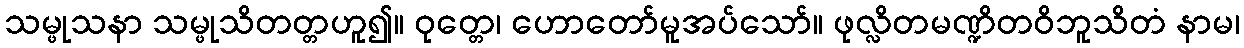
သမ္ဖုသနာ သမ္ဖုသိတတ္တဟူ၍။ ဝုတ္တေ၊ ဟောတော်မူအပ်သော်။ ဖုလ္လိတမဏ္ဍိတဝိဘူသိတံ နာမ၊